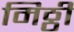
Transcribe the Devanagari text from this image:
मिठ्ठी